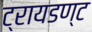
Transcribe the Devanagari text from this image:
ट्रायडण्ट